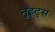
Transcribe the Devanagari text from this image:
नुइट्स